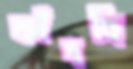
ফাঁদছি